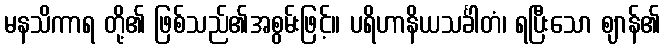
မနသိကာရ တို့၏ ဖြစ်သည်၏အစွမ်းဖြင့်။ ပရိဟာနိယသင်္ခါတံ၊ ရပြီးသော ဈာန်၏